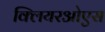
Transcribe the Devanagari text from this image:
क्लियरओएस